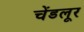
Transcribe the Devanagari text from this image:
चेंडलूर